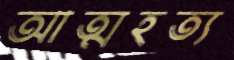
আত্মহত্য